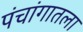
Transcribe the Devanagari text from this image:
पंचांगातला